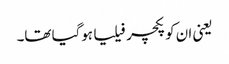
یعنی ان کو پکچر فیلیا ہوگیا تھا۔